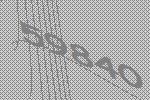
59840